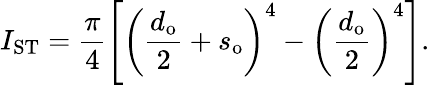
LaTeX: I_{\mathrm{ST}}=\frac{\pi}{4}\left[\left(\frac{d_{\mathrm{o}}}{2}+s_{\mathrm{o}}\right)^{4}-\left(\frac{d_{\mathrm{o}}}{2}\right)^{4}\right].